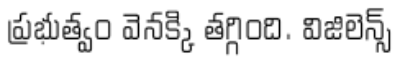
ప్రభుత్వం వెనక్కి తగ్గింది. విజిలెన్స్